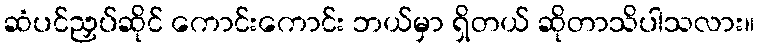
ဆံပင်ညှပ်ဆိုင် ကောင်းကောင်း ဘယ်မှာ ရှိတယ် ဆိုတာသိပါသလား။